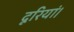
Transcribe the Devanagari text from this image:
दूरियां।